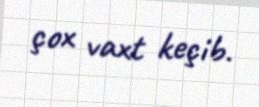
çox vaxt keçib.